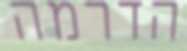
הדרמה